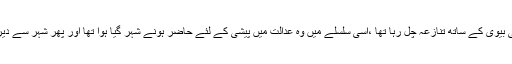
زمیندار کا اپنی بیوی کے ساتھ تنازعہ چل رہا تھا ،اسی سلسلے میں وہ عدالت میں پیشی کے لئے حاضر ہونے شہر گیا ہوا تھا اور پھر شہر سے دیر سے لوٹا تھا۔